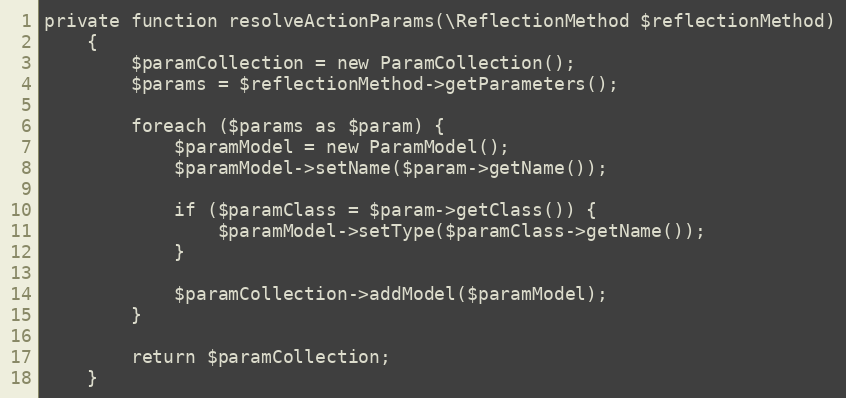
Language: PHP
private function resolveActionParams(\ReflectionMethod $reflectionMethod)
    {
        $paramCollection = new ParamCollection();
        $params = $reflectionMethod->getParameters();

        foreach ($params as $param) {
            $paramModel = new ParamModel();
            $paramModel->setName($param->getName());

            if ($paramClass = $param->getClass()) {
                $paramModel->setType($paramClass->getName());
            }

            $paramCollection->addModel($paramModel);
        }

        return $paramCollection;
    }